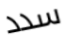
سدد